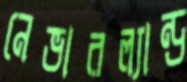
নেভারল্যান্ড